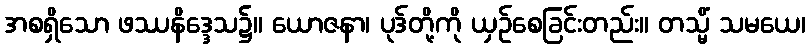
အစရှိသော ဖဿနိဒ္ဒေသ၌။ ယောဇနာ၊ ပုဒ်တို့ကို ယှဉ်စေခြင်းတည်း။ တသ္မိံ သမယေ၊